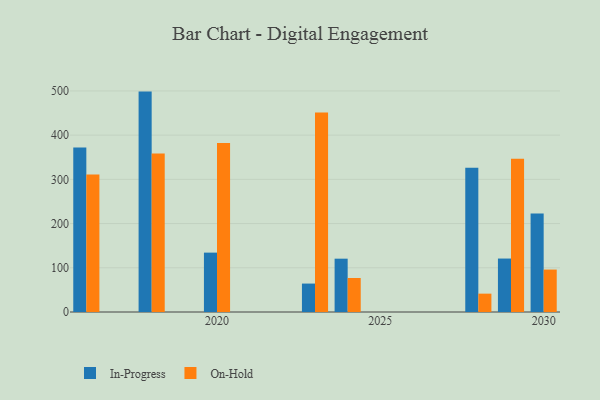
{"axis": {"x": "Year", "y": "Energy Usage (MWh)"}, "legend": ["In-Progress", "On-Hold"], "data": [{"x": "2029", "y": 120.9, "type": "In-Progress"}, {"x": "2029", "y": 346.7, "type": "On-Hold"}, {"x": "2016", "y": 372.1, "type": "In-Progress"}, {"x": "2016", "y": 310.8, "type": "On-Hold"}, {"x": "2020", "y": 134.3, "type": "In-Progress"}, {"x": "2020", "y": 382.0, "type": "On-Hold"}, {"x": "2028", "y": 326.0, "type": "In-Progress"}, {"x": "2028", "y": 41.5, "type": "On-Hold"}, {"x": "2023", "y": 64.3, "type": "In-Progress"}, {"x": "2023", "y": 451.5, "type": "On-Hold"}, {"x": "2024", "y": 120.6, "type": "In-Progress"}, {"x": "2024", "y": 76.9, "type": "On-Hold"}, {"x": "2018", "y": 498.5, "type": "In-Progress"}, {"x": "2018", "y": 358.3, "type": "On-Hold"}, {"x": "2030", "y": 222.7, "type": "In-Progress"}, {"x": "2030", "y": 96.0, "type": "On-Hold"}]}